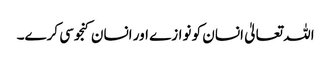
اللہ تعالیٰ انسان کو نوازے اور انسان کنجوسی کرے۔